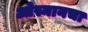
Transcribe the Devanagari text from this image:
ओस्मानचा